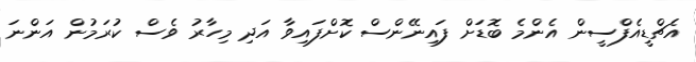
އެޗްޑީއެފްސީން އެންމެ ބޮޑަށް ފައިނޭންސް ކޮށްފައިވާ އަދި މިހާރު ވެސް ކުރަމުން އަންނަ